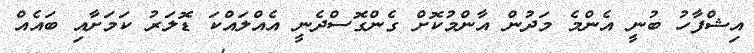
އިޝްފާހު ބުނީ އެންމެ މަދުން އާންމުކޮށް ގެންގޮސްދެނީ އެއްލައްކަ ޑޮލަރު ކަމަށާއި ބައެއް